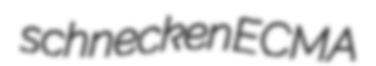
schnecken ECMA